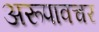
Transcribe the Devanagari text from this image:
अरूपावचर